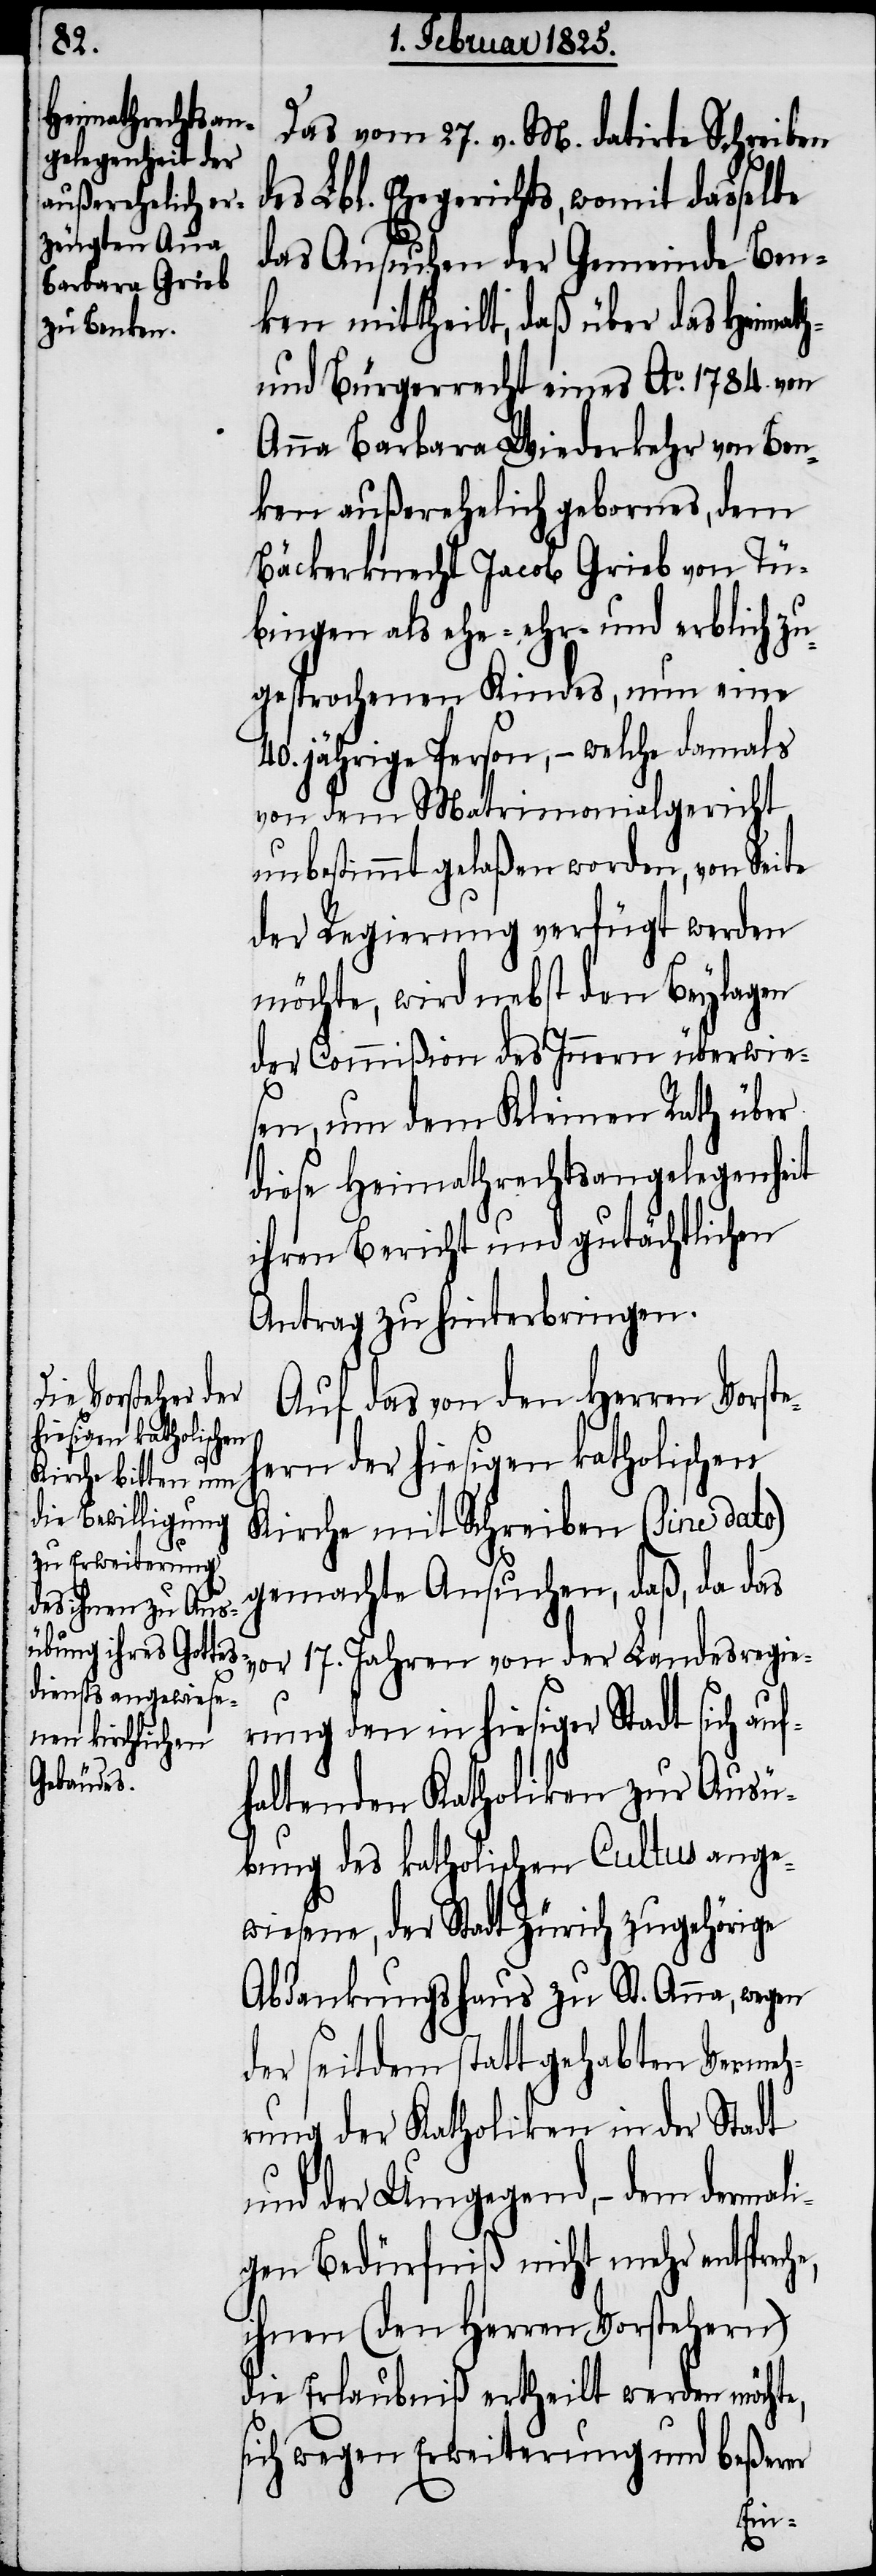
Das vom 27. v. M. datirte Schreiben
des Lbl. Ehegerichts, womit dasselbe
das Ansuchen der Gemeinde Ben¬
ken mittheilt, daß über das Heimath-
und Bürgerrecht eines Ao. 1784. von
Anna Barbara Wiederkehr von Ben¬
ken außerehelich gebornes, dem
Bäckerknecht Jacob Grieb von Tü¬
bingen als ehe- ehr- und erblich zu¬
gesprochenen Kindes, nun eine
40. jährige Person, − welche damals
von dem Matrimonialgericht
unbestimmt gelaßen worden, von Seite
der Regierung verfügt werden
möchte, wird nebst den Beylagen
der Commißion des Innern überwie¬
sen, um dem Kleinen Rath über
diese Heimathrechtsangelegenheit
ihren Bericht und gutächtlichen
Antrag zu hinterbringen.
Auf das von den Herren Vorste¬
hern der hiesigen katholischen
Kirche mit Schreiben (sine dato)
gemachte Ansuchen, daß, da das
vor 17. Jahren von der Landesregie¬
rung den in hiesiger Stadt sich auf¬
haltenden Katholiken zur Ausü¬
bung des katholischen Cultus ange¬
wiesene, der Stadt Zürich zugehörige
Abdankungshaus zu St. Anna, wegen
der seitdem statt gehabten Vermeh¬
rung der Katholiken in der Stadt
und der Umgegend, − dem dermal¬
igen Bedürfniß nicht mehr entsprech¬
ihnen (den Herren Vorstehern)
die Erlaubniß ertheilt werden möcht¬
sich wegen Erweiterung und beßerer
e,